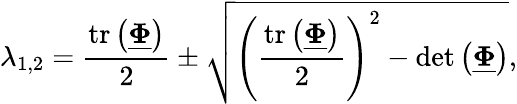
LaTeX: \lambda_{1,2}=\frac{\mathrm{tr}\left(\underline{{\boldsymbol{\Phi}}}\right)}{2}\pm\sqrt{\left(\frac{\mathrm{tr}\left(\underline{{\boldsymbol{\Phi}}}\right)}{2}\right)^{2}-\mathrm{det}\left(\underline{{\boldsymbol{\Phi}}}\right)},